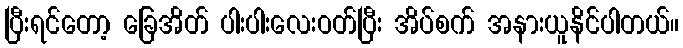
ပြီးရင်တော့ ခြေအိတ် ပါးပါးလေးဝတ်ပြီး အိပ်စက် အနားယူနိင်ပါတယ်။